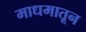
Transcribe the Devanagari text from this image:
माधमातून